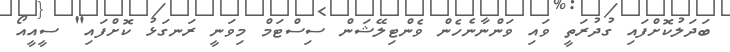
ބަދަލުކޮށްފައި ގުދުރަތީ ވައި ވަންނާނެހެން ވެންޓިލޭޝަން ސިސްޓަމް މިވަނީ ރަނގަޅު ކޮށްފައި" ސީއީއޯ